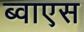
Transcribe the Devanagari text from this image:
ब्वाएस